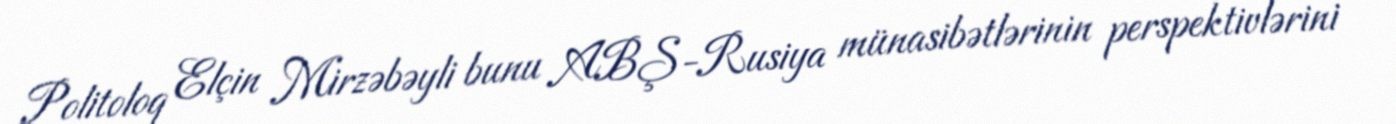
Politoloq Elçin Mirzəbəyli bunu ABŞ-Rusiya münasibətlərinin perspektivlərini